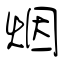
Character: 烟